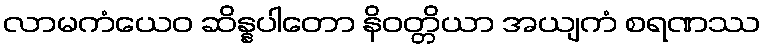
လာမကံယေဝ ဆိန္နပါတော နိဝတ္တိယာ အယျကံ စရဏဿ